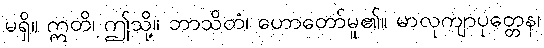
မရှိ။ ဣတိ၊ ဤသို့။ ဘာသိတံ၊ ဟောတော်မူ၏။ မာလုကျာပုတ္တေန၊